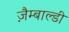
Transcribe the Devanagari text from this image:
ज़ैम्बाल्डी